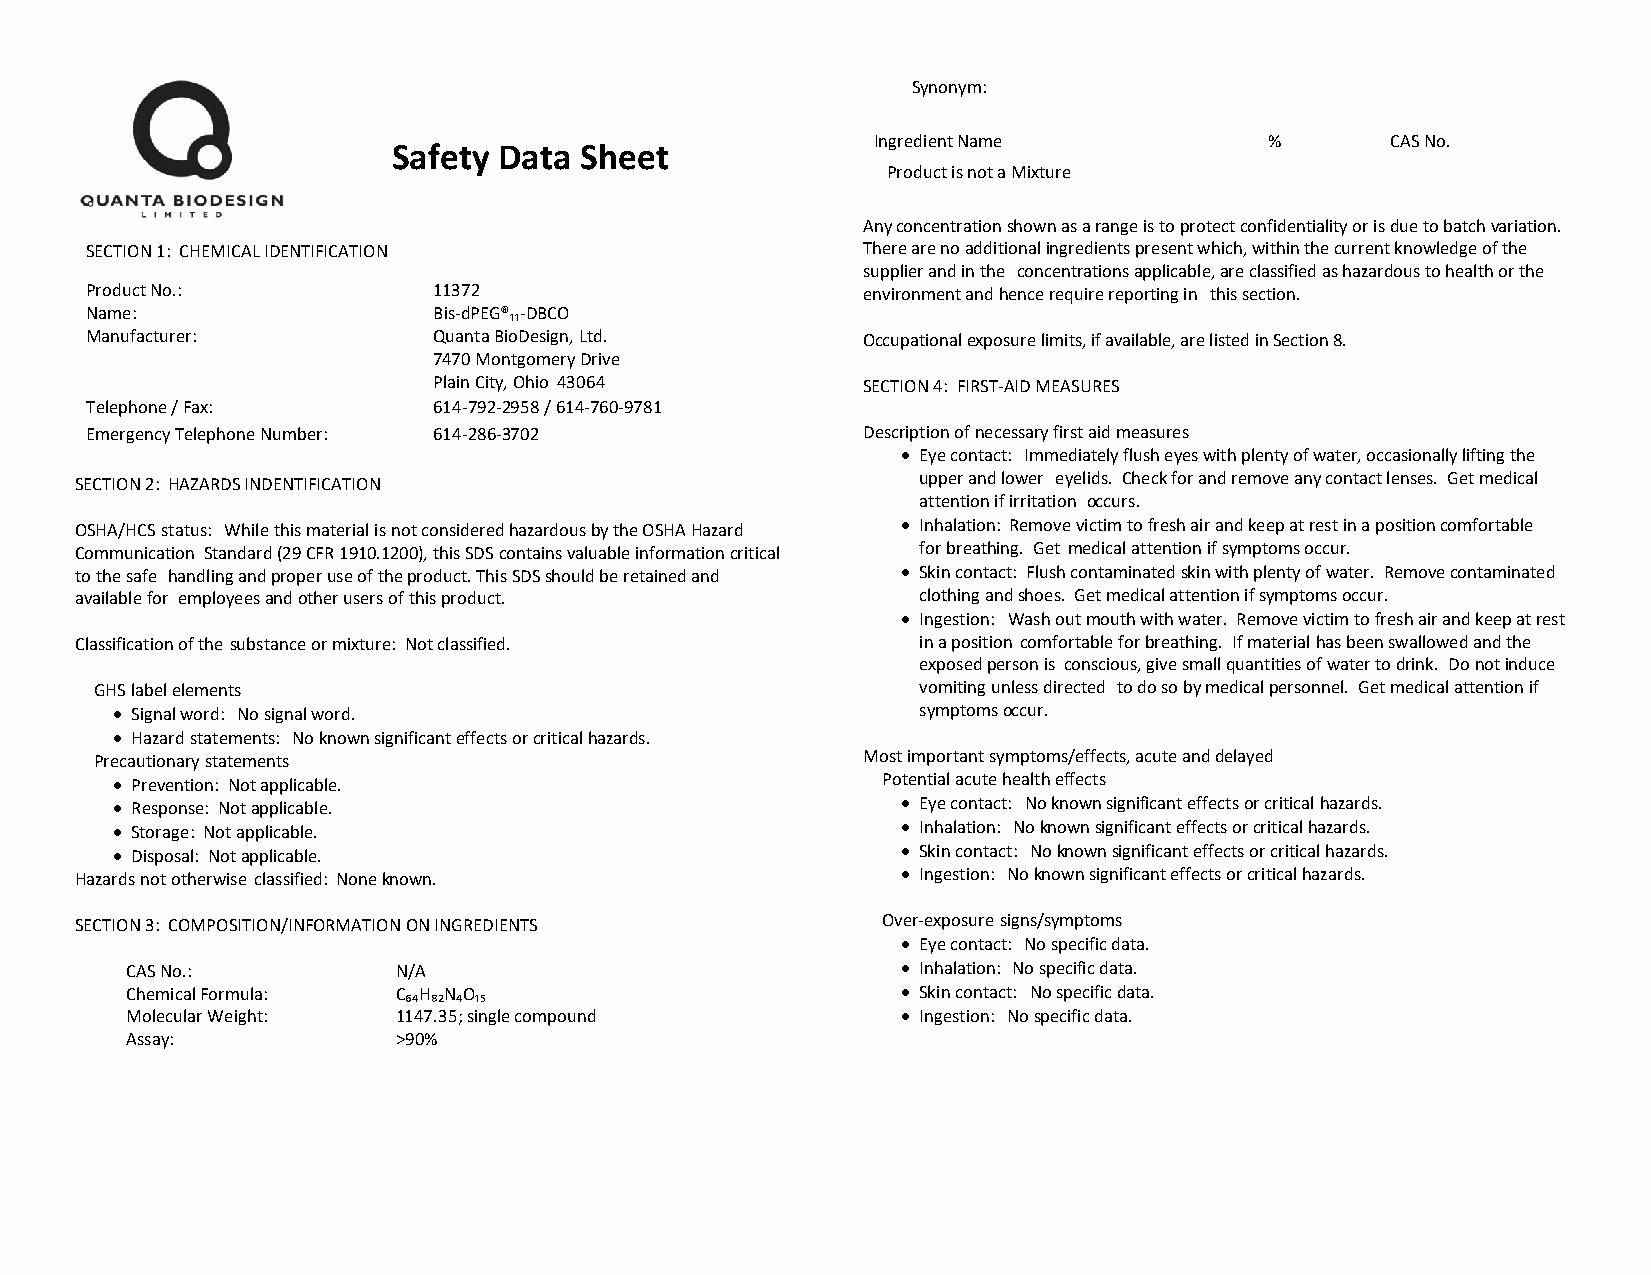
Synonym:
 Ingredient Name           %       CAS No.
 Safety Data Sheet
 Product is not a Mixture
 Any concentration shown as a range is to protect confidentiality or is due to batch variation.
 SECTION 1: CHEMICAL IDENTIFICATION                 There are no additional ingredients present which, within the current knowledge of the
 supplier and in the concentrations applicable, are classified as hazardous to health or the
 Product No.:           11372                       environment and hence require reporting in this section.
 Name:                  Bis-dPEG®₁₁-DBCO
 Manufacturer:          Quanta BioDesign, Ltd.      Occupational exposure limits, if available, are listed in Section 8.
 7470 Montgomery Drive
 Plain City, Ohio 43064      SECTION 4: FIRST-AID MEASURES
 Telephone / Fax:       614-792-2958 / 614-760-9781
 Emergency Telephone Number: 614-286-3702           Description of necessary first aid measures
 • Eye contact: Immediately flush eyes with plenty of water, occasionally lifting the
 SECTION 2: HAZARDS INDENTIFICATION                      upper and lower eyelids. Check for and remove any contact lenses. Get medical
 attention if irritation occurs.
 OSHA/HCS status: While this material is not considered hazardous by the OSHA Hazard • Inhalation: Remove victim to fresh air and keep at rest in a position comfortable
 Communication Standard (29 CFR 1910.1200), this SDS contains valuable information critical for breathing. Get medical attention if symptoms occur.
 to the safe handling and proper use of the product. This SDS should be retained and • Skin contact: Flush contaminated skin with plenty of water. Remove contaminated
 available for employees and other users of this product. clothing and shoes. Get medical attention if symptoms occur.
 • Ingestion: Wash out mouth with water. Remove victim to fresh air and keep at rest
 Classification of the substance or mixture: Not classified. in a position comfortable for breathing. If material has been swallowed and the
 exposed person is conscious, give small quantities of water to drink. Do not induce
 GHS label elements                                     vomiting unless directed to do so by medical personnel. Get medical attention if
 • Signal word: No signal word.                        symptoms occur.
 • Hazard statements: No known significant effects or critical hazards.
 Precautionary statements                           Most important symptoms/effects, acute and delayed
 • Prevention: Not applicable.                      Potential acute health effects
 • Response: Not applicable.                          • Eye contact: No known significant effects or critical hazards.
 • Storage: Not applicable.                           • Inhalation: No known significant effects or critical hazards.
 • Disposal: Not applicable.                          • Skin contact: No known significant effects or critical hazards.
 Hazards not otherwise classified: None known.          • Ingestion: No known significant effects or critical hazards.
 SECTION 3: COMPOSITION/INFORMATION ON INGREDIENTS    Over-exposure signs/symptoms
 • Eye contact: No specific data.
 CAS No.:          N/A                               • Inhalation: No specific data.
 Chemical Formula: C₆₄H₈₂N₄O₁₅                       • Skin contact: No specific data.
 Molecular Weight: 1147.35; single compound          • Ingestion: No specific data.
 Assay:            >90%